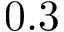
0 . 3